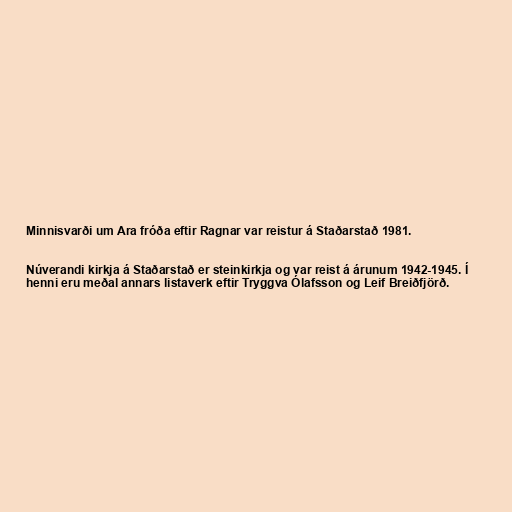
Minnisvarði um Ara fróða eftir Ragnar var reistur á Staðarstað 1981.

Núverandi kirkja á Staðarstað er steinkirkja og var reist á árunum 1942-1945. Í
henni eru meðal annars listaverk eftir Tryggva Ólafsson og Leif Breiðfjörð.